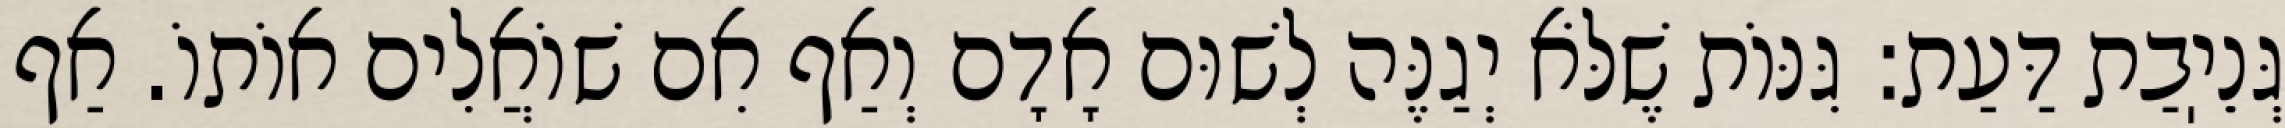
גְּנֵיֽבַת דַּעַת: גִּנּוֹת שֶׁלֹּא יְגַנֶּה לְשׁוּם אָדָם וְאַף אִם שׁוֹאֲלִים אוֹתוֹ. אַף